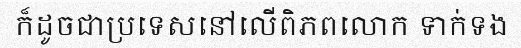
ក៏ដូចជាប្រទេសនៅលើពិភពលោក ទាក់ទង